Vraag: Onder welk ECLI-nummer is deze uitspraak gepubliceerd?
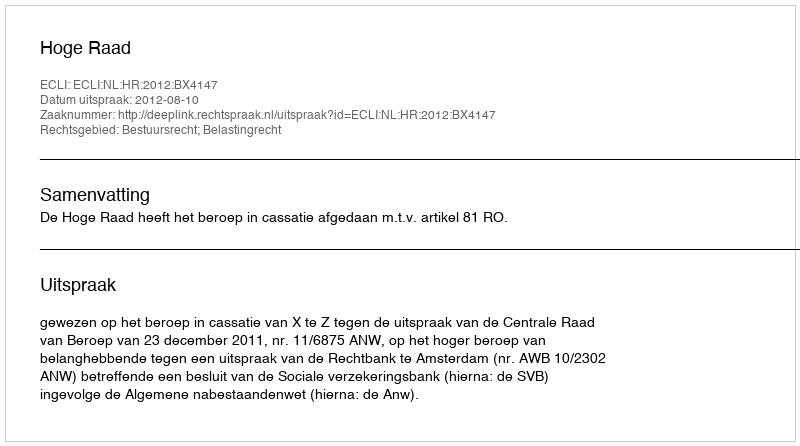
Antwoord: ECLI:NL:HR:2012:BX4147